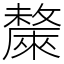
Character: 斄